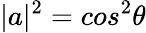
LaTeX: |a|^{2}=cos^{2}\theta